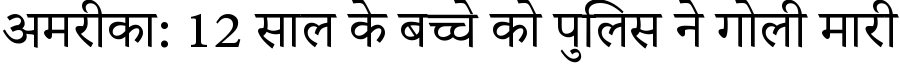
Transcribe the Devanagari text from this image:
अमरीका: 12 साल के बच्चे को पुलिस ने गोली मारी